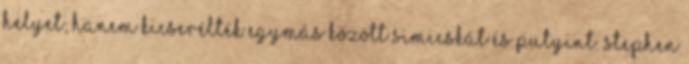
helyet, hanem kicserélték egymás között Simicskát és Putyint. Stephen